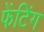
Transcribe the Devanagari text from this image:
फेंटिंग